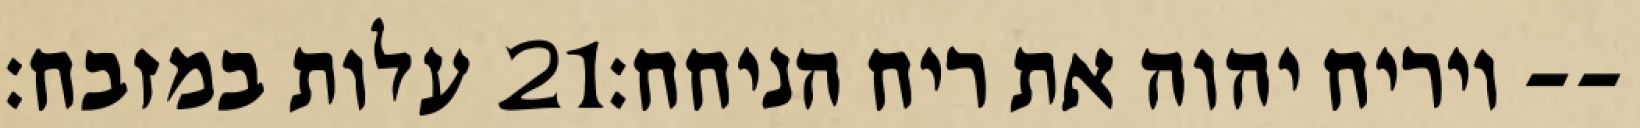
עלות במזבח׃ ‎21‏ ויריח יהוה את ריח הניחח׃--